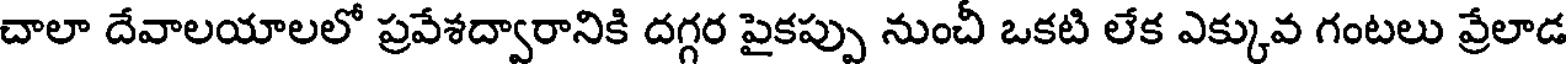
చాలా దేవాలయాలలో ప్రవేశద్వారానికి దగ్గర పైకప్పు నుంచీ ఒకటి లేక ఎక్కువ గంటలు వ్రేలాడ